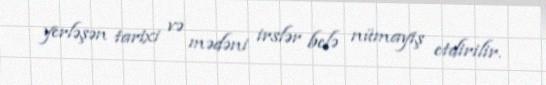
yerləşən tarixi və mədəni irslər belə nümayiş etdirilir.